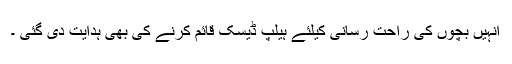
انہیں بچوں کی راحت رسانی کیلئے ہیلپ ڈیسک قائم کرنے کی بھی ہدایت دی گئی ۔